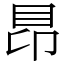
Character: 䀚